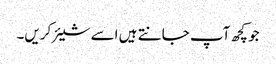
جو کچھ آپ جانتے ہیں اسے شیئر کریں۔